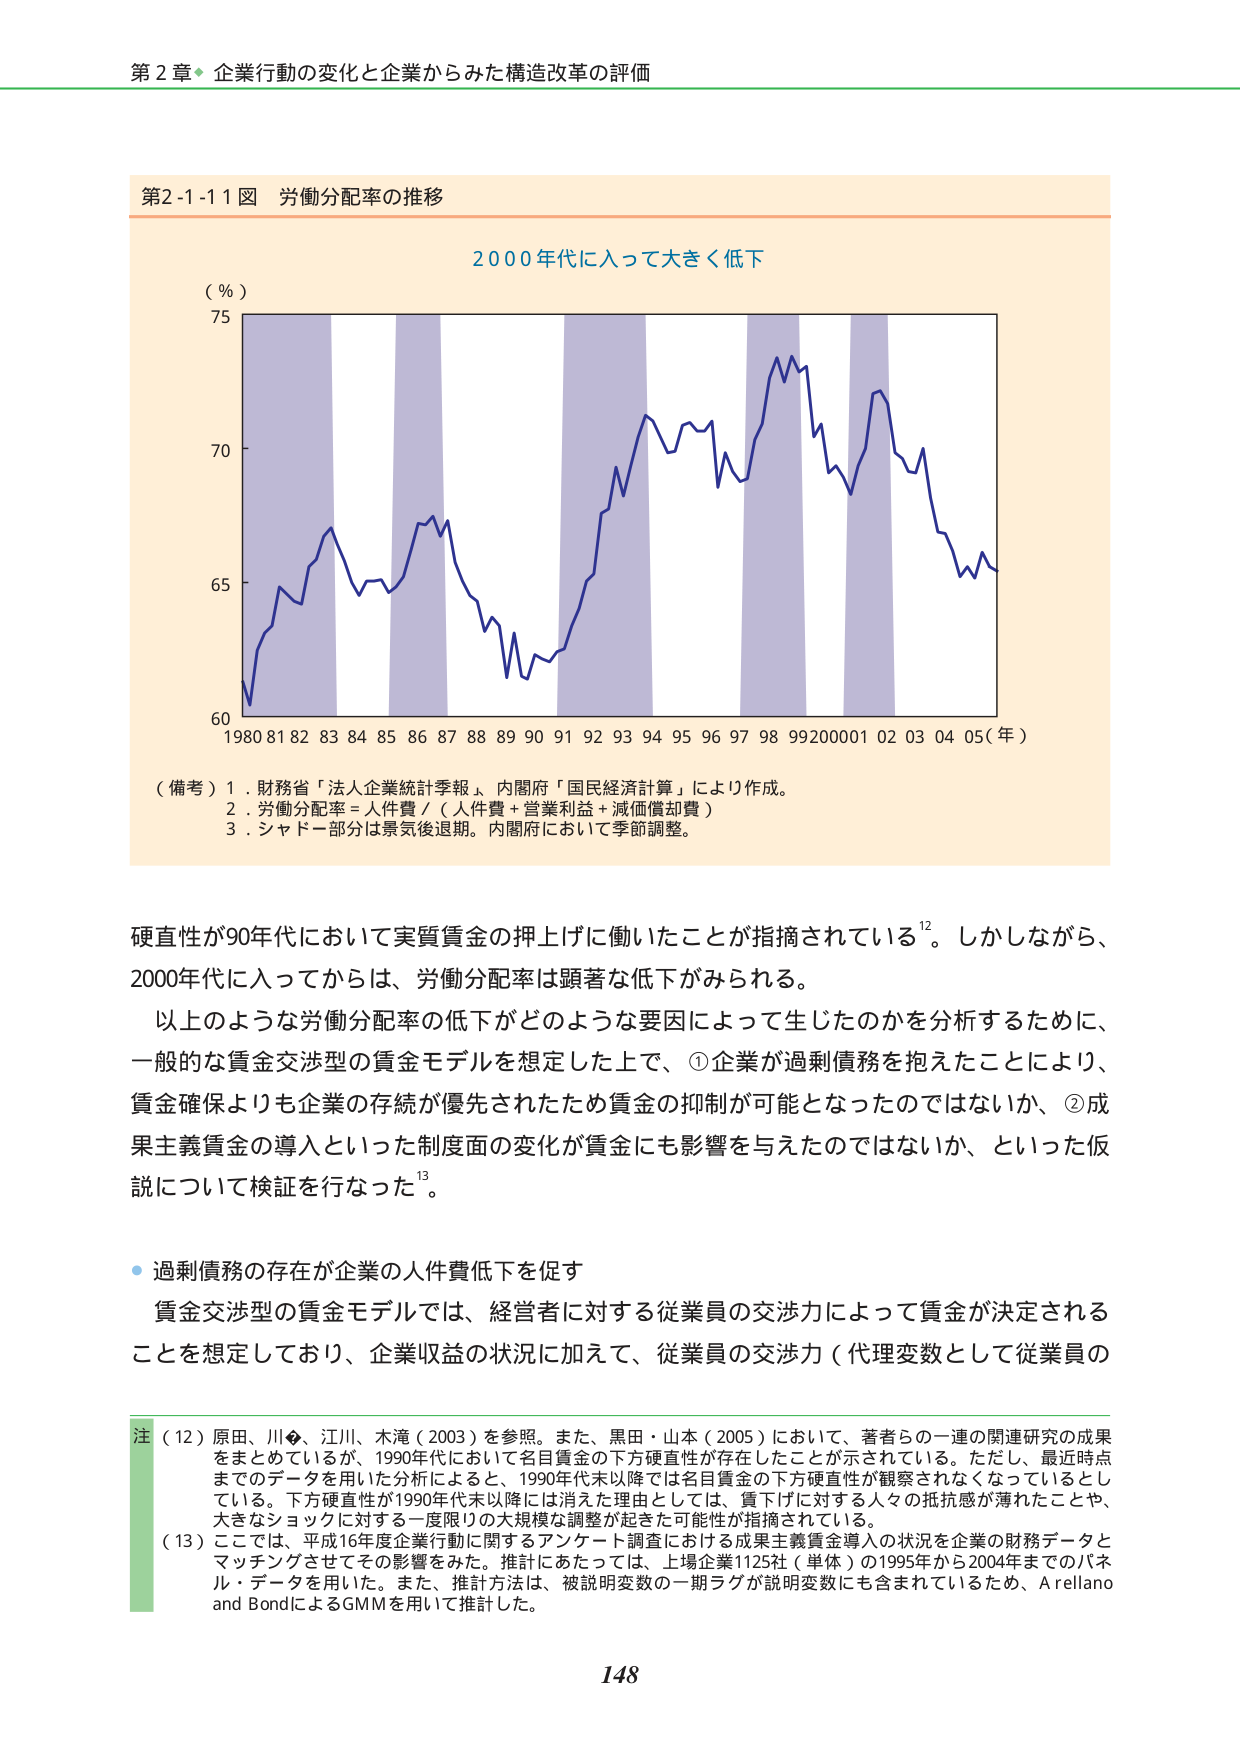
第２章 企業行動の変化と企業からみた構造改革の評価

第2-1-11図 労働分配率の推移

2000年代に入って大きく低下

（％）
75
70
65
60
1980 81 82 83 84 85 86 87 88 89 90 91 92 93 94 95 96 97 98 99 2000 01 02 03 04 05（年）

（備考）1．財務省「法人企業統計季報」、内閣府「国民経済計算」により作成。
　　　2．労働分配率＝人件費／（人件費＋営業利益＋減価償却費）
　　　3．シャドー部分は景気後退期。内閣府において季節調整。

硬直性が90年代において実質賃金の押上げに働いたことが指摘されている¹²。しかしながら、
2000年代に入ってからは、労働分配率は顕著な低下がみられる。
　以上のような労働分配率の低下がどのような要因によって生じたのかを分析するために、
一般的な賃金交渉型の賃金モデルを想定した上で、①企業が過剰債務を抱えたことにより、
賃金確保よりも企業の存続が優先されたため賃金の抑制が可能となったのではないか、②成
果主義賃金の導入といった制度面の変化が賃金にも影響を与えたのではないか、といった仮
説について検証を行なった¹³。

・過剰債務の存在が企業の人件費低下を促す
　賃金交渉型の賃金モデルでは、経営者に対する従業員の交渉力によって賃金が決定される
ことを想定しており、企業収益の状況に加えて、従業員の交渉力（代理変数として従業員の

注（12）原田、川◆、江川、木滝（2003）を参照。また、黒田・山本（2005）において、著者らの一連の関連研究の成果
をまとめているが、1990年代において名目賃金の下方硬直性が存在したことが示されている。ただし、最近時点
までのデータを用いた分析によると、1990年代末以降では名目賃金の下方硬直性が観察されなくなっているとし
ている。下方硬直性が1990年代末以降には消えた理由としては、賃下げに対する人々の抵抗感が薄れたことや、
大きなショックに対する一度限りの大規模な調整が起きた可能性が指摘されている。
（13）ここでは、平成16年度企業行動に関するアンケート調査における成果主義賃金導入の状況を企業の財務データと
マッチングさせてその影響をみた。推計にあたっては、上場企業1125社（単体）の1995年から2004年までのパネ
ル・データを用いた。また、推計方法は、被説明変数の一期ラグが説明変数にも含まれているため、Arellano
and BondによるGMMを用いて推計した。

148